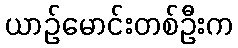
ယာဉ်မောင်းတစ်ဦးက